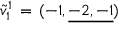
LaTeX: { \tilde { v } _ { 1 } } ^ { 1 } \, = \, ( { - 1 } , \underline { { { - 2 , - 1 } } } )